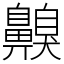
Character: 齅